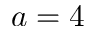
a = 4